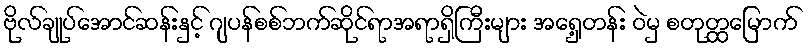
ဗိုလ်ချုပ်အောင်ဆန်းနှင့် ဂျပန်စစ်ဘက်ဆိုင်ရာအရာရှိကြီးများ အရှေ့တန်း ဝဲမှ စတုတ္ထမြောက်